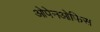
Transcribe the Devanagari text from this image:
ओपेनओफिस